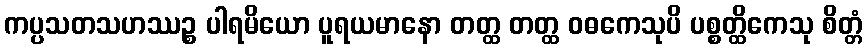
ကပ္ပသတသဟဿဉ္စ ပါရမိယော ပူရယမာနော တတ္ထ တတ္ထ ဝဓကေသုပိ ပစ္စတ္ထိကေသု စိတ္တံ